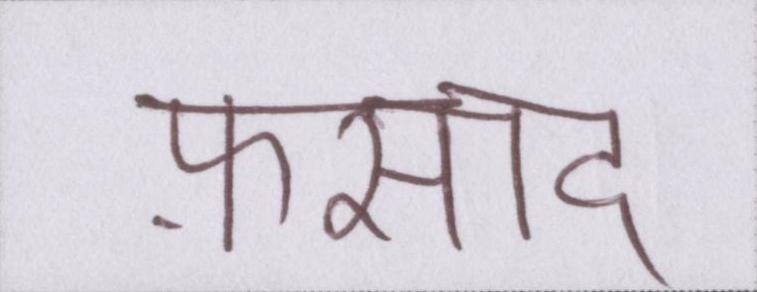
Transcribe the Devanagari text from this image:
फ़साद